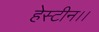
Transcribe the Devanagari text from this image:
हेस्टीन।।